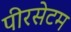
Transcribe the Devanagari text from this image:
पीरसेटम